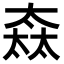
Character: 𡙒